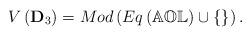
LaTeX: \begin{align*}V\left( \mathbf{D}_{3}\right) =Mod\left( Eq\left( \mathbb{AOL}\right)\cup\left\{ \right\} \right) .\end{align*}